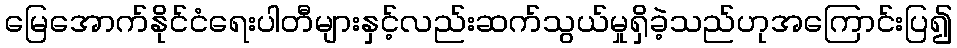
မြေအောက်နိုင်ငံရေးပါတီများနှင့်လည်းဆက်သွယ်မှုရှိခဲ့သည်ဟုအကြောင်းပြ၍